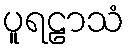
ပူရဠာသံ